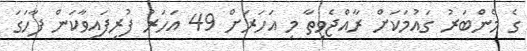
ގެ މެންބަރު ގައުމަކަށް ރާއްޖެވިތާ މި އަހަރަށް 49 އަހަރު ފުރިފައިވާކަން ފާހަގަ